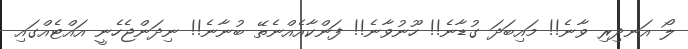
ލޯ އަނދިރި ވާނެ!! މައިބަދަ ގުޑާނެ!! ހޫނުވާނެ!! ފަންކާއެއްނެތޭ ބުނާނެ!! ނިދަންޖެހެނީ އައްޓެއްގައި